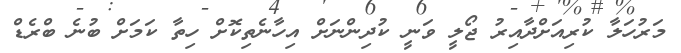
މަރުހަލާ ކުރިއަށްދާއިރު ޖޯލީ ވަނީ ކުދިންނަށް އިހާނެތިކޮށް ހިތާ ކަމަށް ބުނެ ބްރެޑް